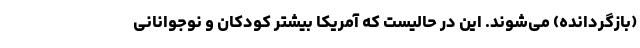
(بازگردانده) می‌شوند. این در حالیست که آمریکا بیشتر کودکان و نوجوانانی